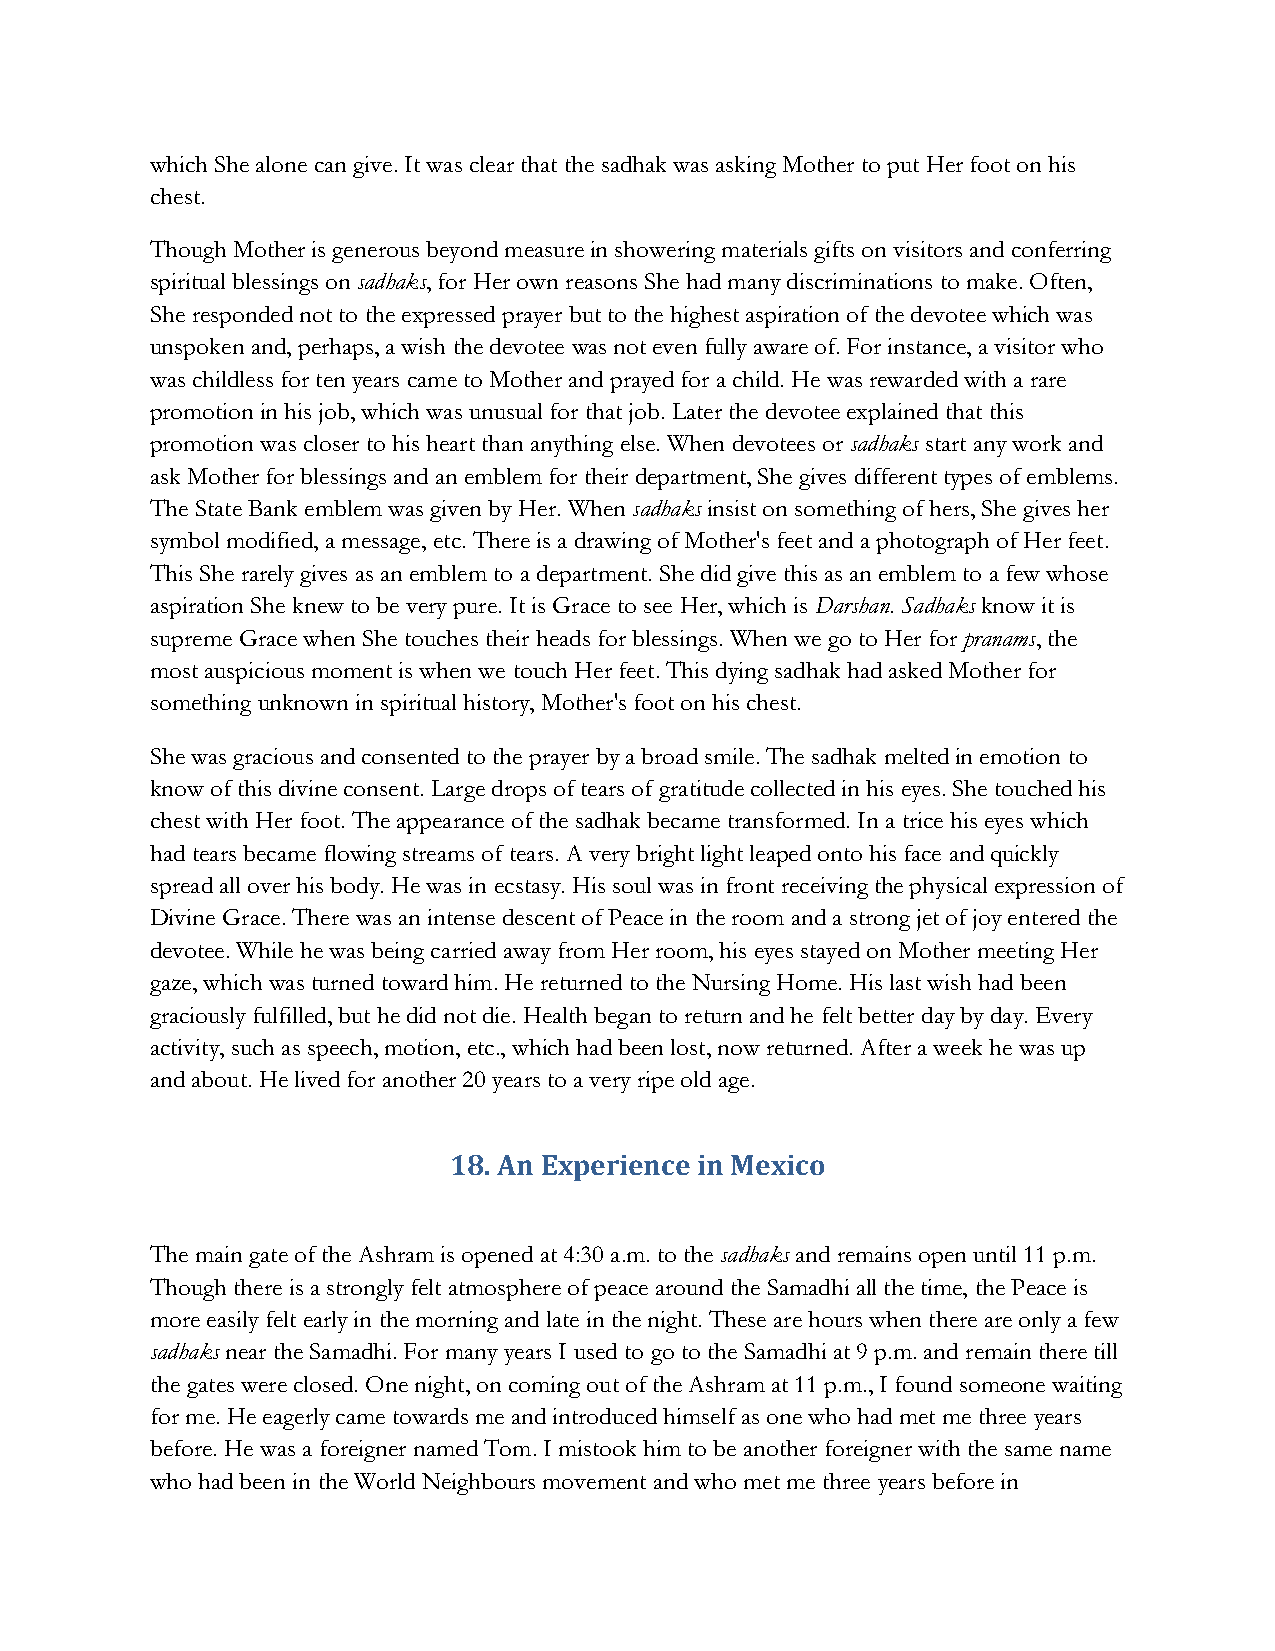
which She alone can give. It was clear that the sadhak was asking Mother to put Her foot on his
 chest.
 Though Mother is generous beyond measure in showering materials gifts on visitors and conferring
 spiritual blessings on sadhaks, for Her own reasons She had many discriminations to make. Often,
 She responded not to the expressed prayer but to the highest aspiration of the devotee which was
 unspoken and, perhaps, a wish the devotee was not even fully aware of. For instance, a visitor who
 was childless for ten years came to Mother and prayed for a child. He was rewarded with a rare
 promotion in his job, which was unusual for that job. Later the devotee explained that this
 promotion was closer to his heart than anything else. When devotees or sadhaks start any work and
 ask Mother for blessings and an emblem for their department, She gives different types of emblems.
 The State Bank emblem was given by Her. When sadhaks insist on something of hers, She gives her
 symbol modified, a message, etc. There is a drawing of Mother's feet and a photograph of Her feet.
 This She rarely gives as an emblem to a department. She did give this as an emblem to a few whose
 aspiration She knew to be very pure. It is Grace to see Her, which is Darshan. Sadhaks know it is
 supreme Grace when She touches their heads for blessings. When we go to Her for pranams, the
 most auspicious moment is when we touch Her feet. This dying sadhak had asked Mother for
 something unknown in spiritual history, Mother's foot on his chest.
 She was gracious and consented to the prayer by a broad smile. The sadhak melted in emotion to
 know of this divine consent. Large drops of tears of gratitude collected in his eyes. She touched his
 chest with Her foot. The appearance of the sadhak became transformed. In a trice his eyes which
 had tears became flowing streams of tears. A very bright light leaped onto his face and quickly
 spread all over his body. He was in ecstasy. His soul was in front receiving the physical expression of
 Divine Grace. There was an intense descent of Peace in the room and a strong jet of joy entered the
 devotee. While he was being carried away from Her room, his eyes stayed on Mother meeting Her
 gaze, which was turned toward him. He returned to the Nursing Home. His last wish had been
 graciously fulfilled, but he did not die. Health began to return and he felt better day by day. Every
 activity, such as speech, motion, etc., which had been lost, now returned. After a week he was up
 and about. He lived for another 20 years to a very ripe old age.
 18. An Experience in Mexico
 The main gate of the Ashram is opened at 4:30 a.m. to the sadhaks and remains open until 11 p.m.
 Though there is a strongly felt atmosphere of peace around the Samadhi all the time, the Peace is
 more easily felt early in the morning and late in the night. These are hours when there are only a few
 sadhaks near the Samadhi. For many years I used to go to the Samadhi at 9 p.m. and remain there till
 the gates were closed. One night, on coming out of the Ashram at 11 p.m., I found someone waiting
 for me. He eagerly came towards me and introduced himself as one who had met me three years
 before. He was a foreigner named Tom. I mistook him to be another foreigner with the same name
 who had been in the World Neighbours movement and who met me three years before in